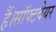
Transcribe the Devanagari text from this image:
हैं।सॉफ्टवेयर